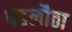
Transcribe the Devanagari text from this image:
पहलौठा